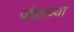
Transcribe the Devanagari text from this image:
पौंडाच्या